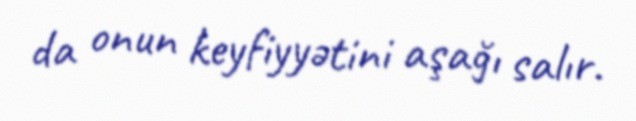
da onun keyfiyyətini aşağı salır.